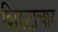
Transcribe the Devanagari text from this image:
शिश्टाचार